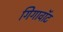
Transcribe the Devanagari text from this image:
गिगावॉट